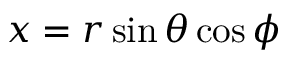
x = r \sin \theta \cos \phi